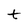
Character: t